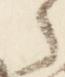
之